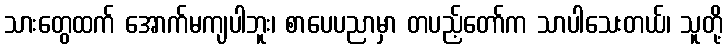
သားတွေထက် အောက်မကျပါဘူး၊ စာပေပညာမှာ တပည့်တော်က သာပါသေးတယ်၊ သူတို့